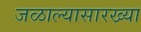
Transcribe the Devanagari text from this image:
जळाल्यासारख्या